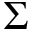
\Sigma